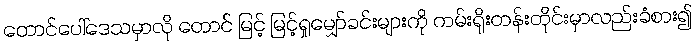
တောင်ပေါ်ဒေသမှာလို တောင် မြင့် မြင့်ရှုမျှော်ခင်းများကို ကမ်းရိုးတန်းတိုင်းမှာလည်းခံစား၍